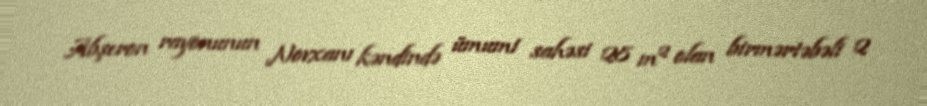
Abşeron rayonunun Novxanı kəndində ümumi sahəsi 28 m² olan birmərtəbəli 2